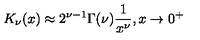
K _ { \nu } ( x ) \approx 2 ^ { \nu - 1 } \Gamma ( \nu ) \frac { 1 } { x ^ { \nu } } , x \to 0 ^ { + }